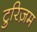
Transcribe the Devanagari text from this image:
टुरिज़म